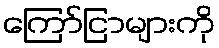
ကြော်ငြာများကို